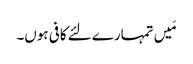
مَیں تمہارے لئے کافی ہوں۔